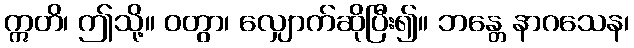
ဣတိ၊ ဤသို့။ ဝတွာ၊ လျှောက်ဆိုပြီး၍။ ဘန္တေ နာဂသေန၊